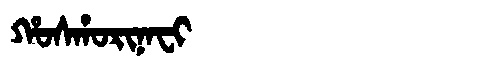
Manchu: ᡥᠣᠰᡥᠣᡵᡳᠨᠠᠸᡳ
Romanization: HOSHORINAFI